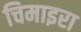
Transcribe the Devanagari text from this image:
चिमाइरा